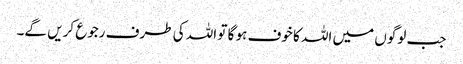
جب لوگوں میں اللہ کا خوف ہو گا تو اللہ کی طرف رجوع کریں گے۔